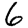
Digit: 6